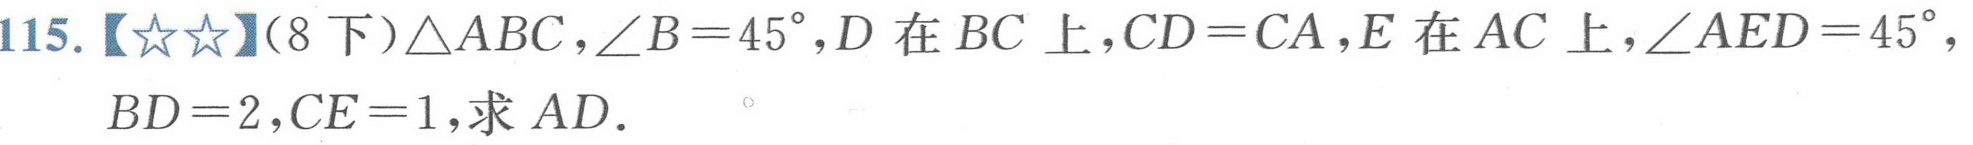
115.【★★】(8下)\(\triangle ABC\)，\(\angle B = 45^{\circ}\)，\(D\)在\(BC\)上，\(CD = CA\)，\(E\)在\(AC\)上，\(\angle AED = 45^{\circ}\)，
\(BD = 2\)，\(CE = 1\)，求\(AD\).